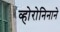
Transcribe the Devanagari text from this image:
व्होरोनिनाने